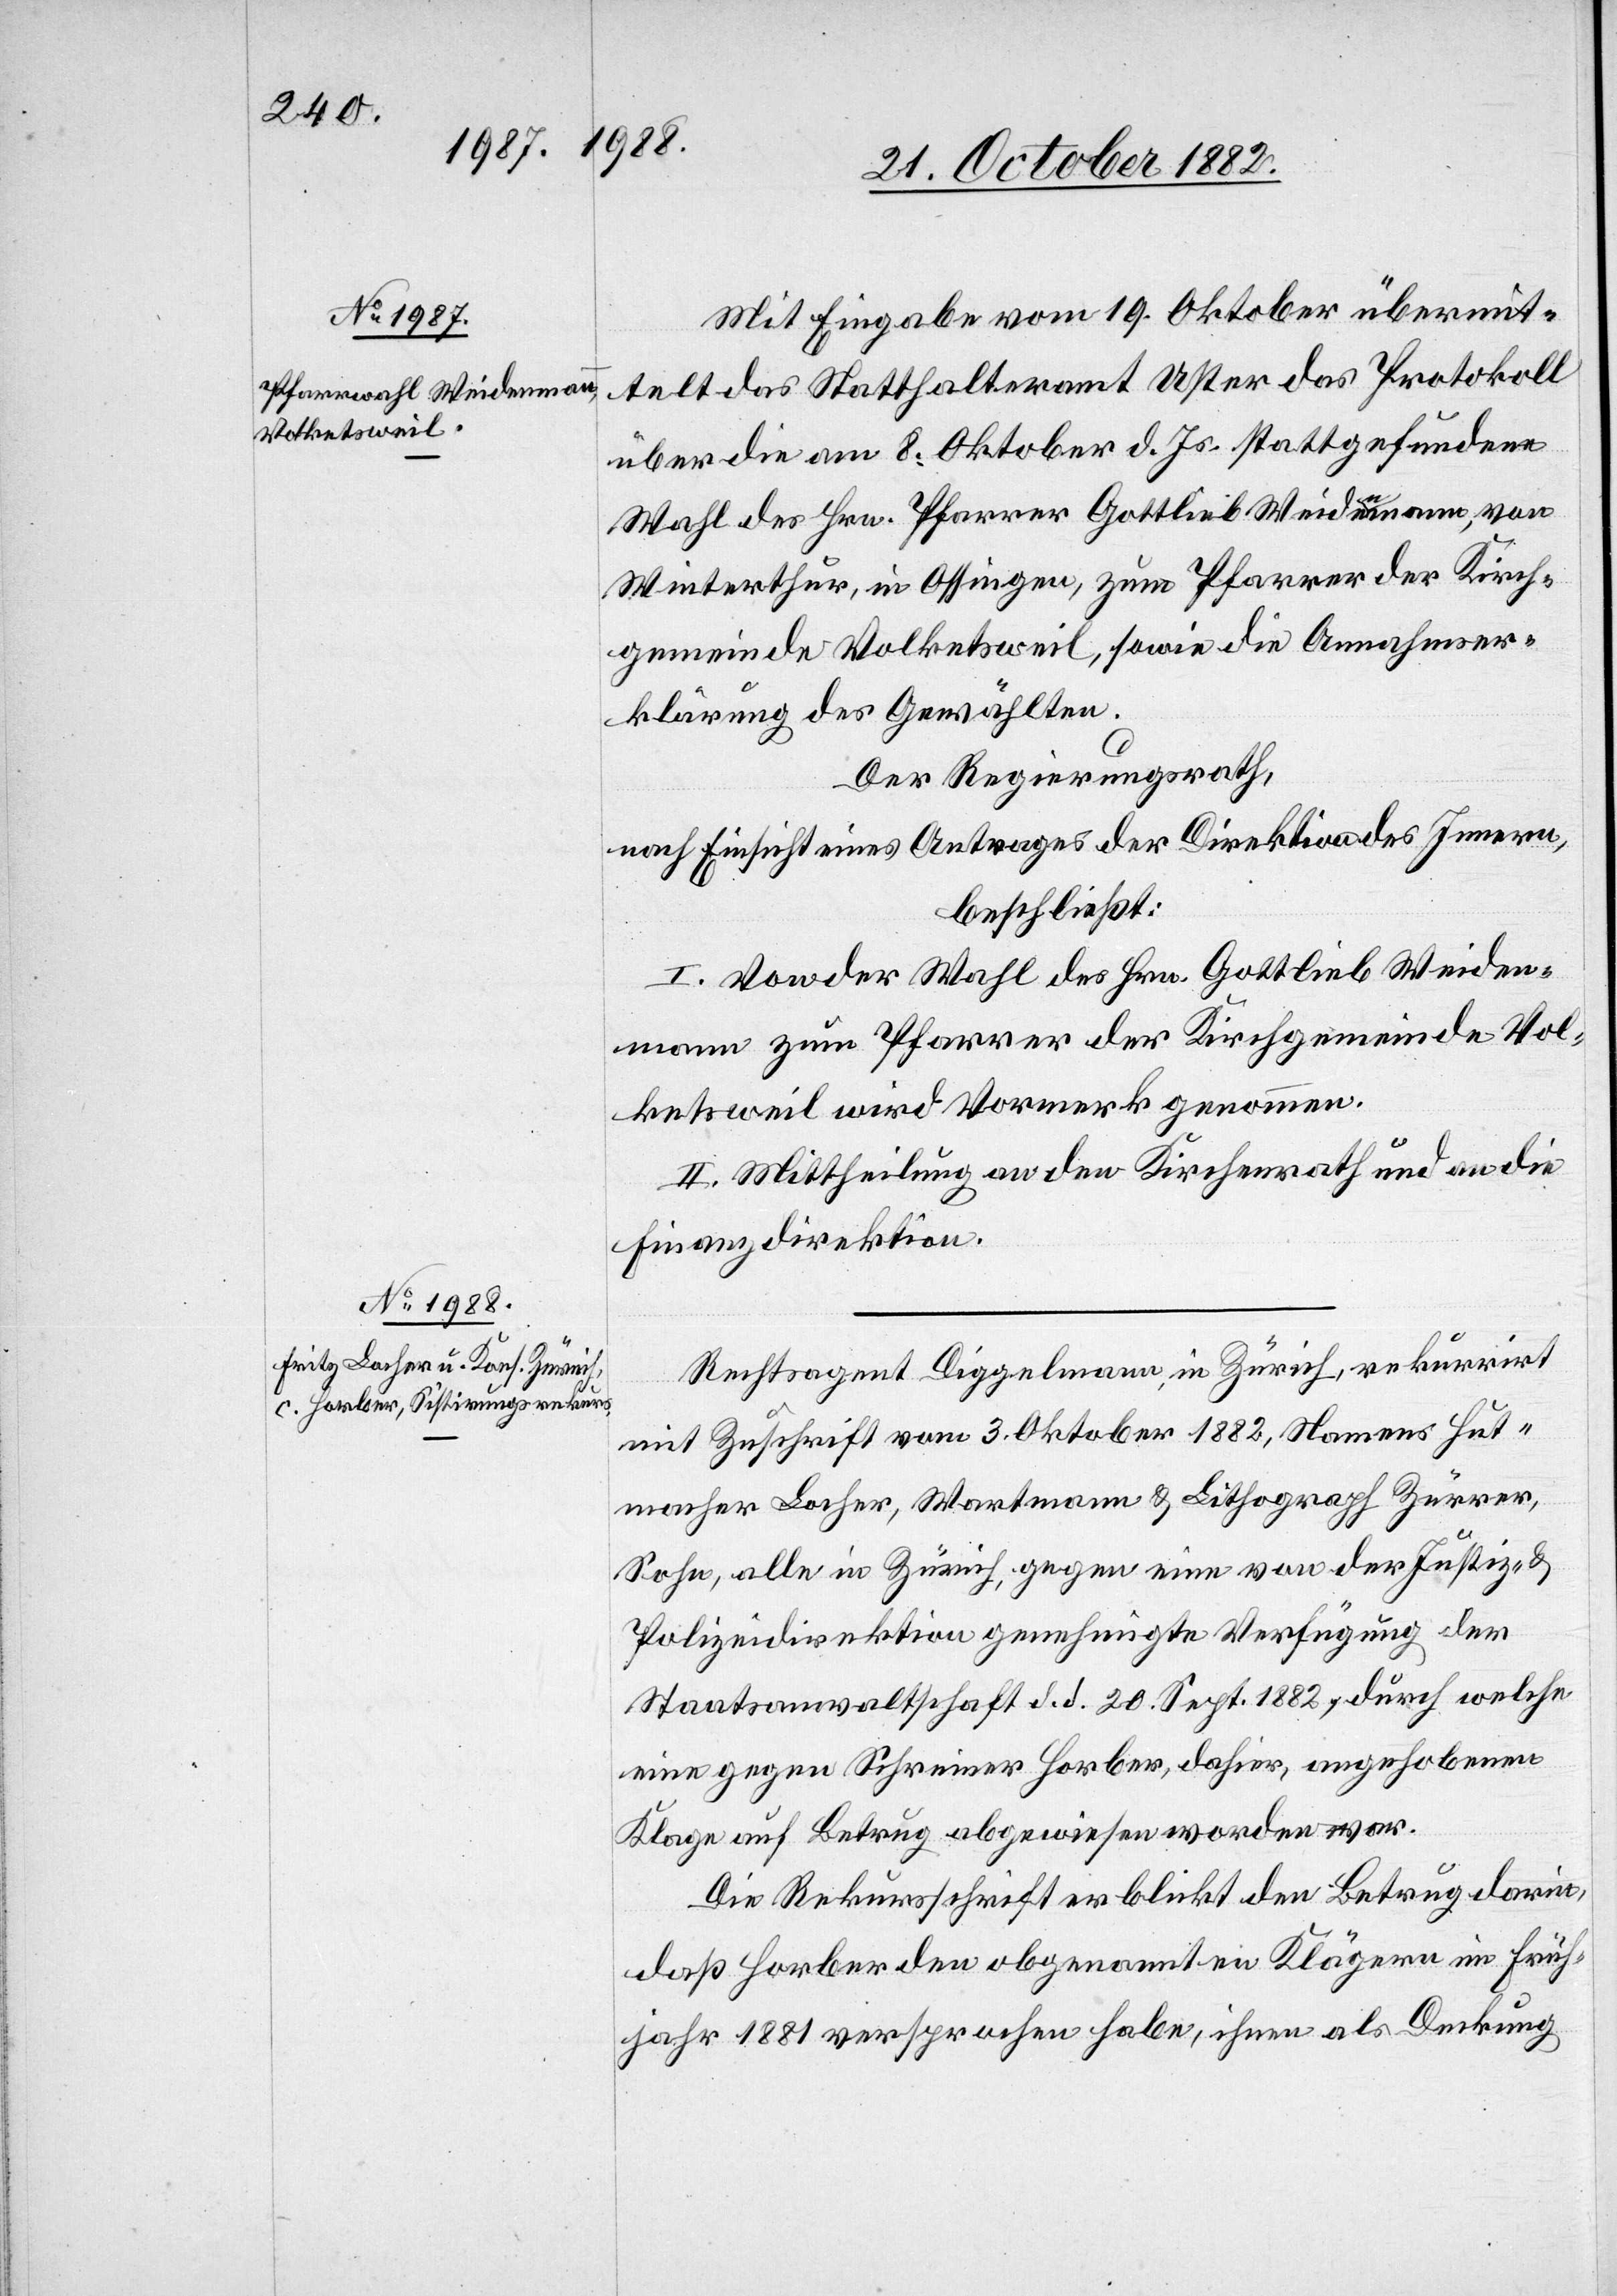
Mit Eingabe vom 19. Oktober übermit¬
telt das Statthalteramt Uster das Protokoll
über die am 8. Oktober d. Js. stattgefundene
Wahl des Hrn. Pfarrer Gottlieb Weidenmann, von
Winterthur, in Ossingen, zum Pfarrer der Kirch¬
gemeinde Volketsweil, sowie die Annahmser¬
klärung des Gewählten.
Der Regierungsrath,
nach Einsicht eines Antrages der Direktion des Innern,
beschließt:
I. Von der Wahl des Hrn. Gottlieb Weiden¬
mann zum Pfarrer der Kirchgemeinde Vol¬
ketsweil wird Vormerk genommen.
II. Mittheilung an den Kirchenrath und an die
Finanzdirektion.
Rechtsagent Diggelmann, in Zürich, rekurrirt
mit Zuschrift vom 3. Oktober 1882, Namens Hut¬
macher Locher, Wartmann & Lithograph Zürrer,
Sohn, alle in Zürich, gegen eine von der Justiz- &
Polizeidirektion genehmigte Verfügung der
Staatsanwaltschaft d. d. 20. Sept. 1882, durch welche
eine gegen Schreiber Horber, dahier, angehobene
Klage auf Betrug abgewiesen worden war.
Die Rekursschrift erblickt den Betrug darin,
daß Horber den obgenannten Klägern im Früh¬
jahr 1881 versprochen habe, ihnen als Deckung